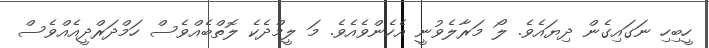
ހީބިހި ނަގައިގެން ދިޔައެވެ. ލޯ މަރާލެވުނީ އެހެންވެއެވެ. މަ ލީމްދެކެ ލޮތްބެއްވެސް ހަމްދަރްދީއެއްވެސް